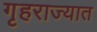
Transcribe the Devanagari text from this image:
गृहराज्यात